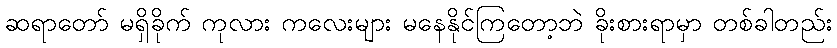
ဆရာတော် မရှိခိုက် ကုလား ကလေးများ မနေနိုင်ကြတော့ဘဲ ခိုးစားရာမှာ တစ်ခါတည်း